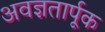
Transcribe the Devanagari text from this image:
अवज्ञतार्पूक